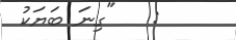
:   "ގިނަ ބަޔަކު